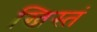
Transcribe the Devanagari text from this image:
ख्रिस्तं